Treatise on elephants
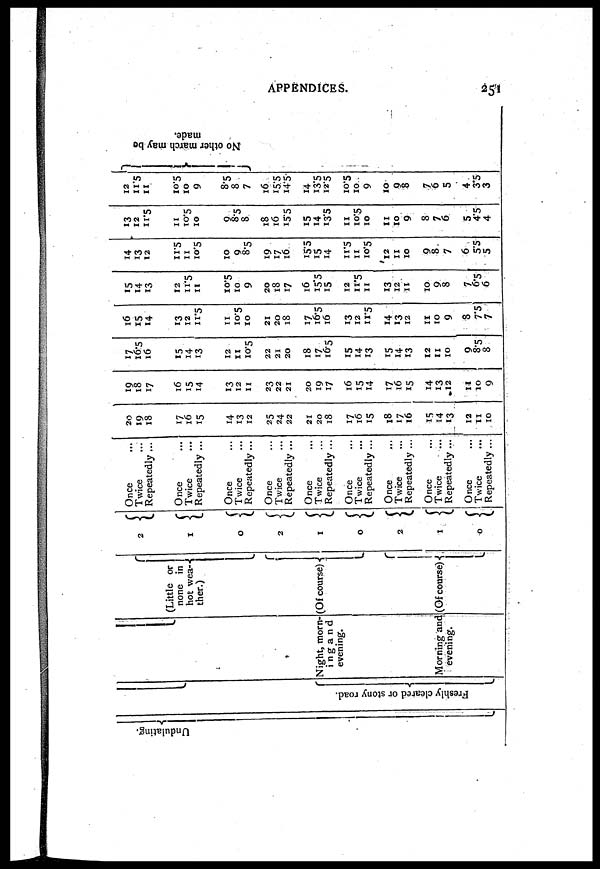
APPENDICES.
251
Undulating.
Freshly cleared or stony road.
Night, morn-
ing and
evening.
Morning and
evening.
(Little or
none in
hot wea-
ther.)
(Of course)
(Of course)
2
1
0
2
1
0
2
1
0
Once
Twice
Repeatedly ...
Once
Twice
Repeatedly ...
Once
Twice
Repeatedly...
Once
Twice
Repeatedly ...
Once
Twice
Repeatedly ...
Once
Twice
Repeatedly ...
Once
Twice
Repeatedly ...
Once
Twice
Repeatedly ...
Once
Twice
Repeatedly ...
20
19
18
17
16
15
14
13
12
25
24
22
21
20
18
17
16
15
18
17
16
15
14
13
12
11
to
19
18
17
16
15
14
13
12
11
23
22
21
20
19
17
16
15
14
17
16
15
14
13
12
11
10
9
17
16.5
16
15
14
13
12
11
10.5
22
21
20
18
17
16.5
15
14
13
15
14
13
12
11
10
9
8.5
8
16
15
14
13
12
11.5
11
10.5
10
21
20
18
17
16.5
16
13
12
11.5
14
13
12
11
10
9
8
7.5
7
15
14
13
12
11.5
11
10.5
10
9
20
18
17
16
15.5
15
12
11.5
11
13
12
11
10
9
8
7
6.5
6
14
13
12
11.5
11
10.5
10
9
8.5
19
17
16
15.5
15
14
11.5
11
10.5
12
11
10
9
8
7
6
5.5
5
13
12
11.5
11
10.5
10
9
8.5
8
18
16
15.5
15
14
13.5
11
10.5
10
11
10
9
8
7
6
5
4.5
4
12
11.5
11
10.5
10
9
8.5
8
7
16
15.5
14.5
14
13.5
12.5
10.5
10
9
10
9
8
7
6
5
4
3.5
3
No other march may be
made.